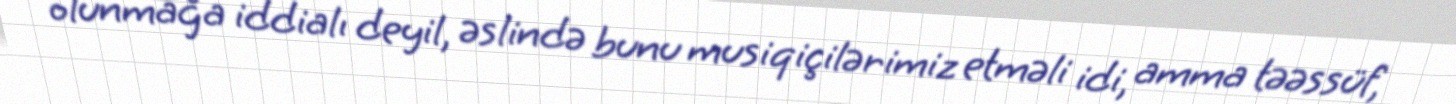
olunmağa iddialı deyil, əslində bunu musiqiçilərimiz etməli idi, amma təəssüf,